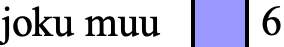
joku muu 6